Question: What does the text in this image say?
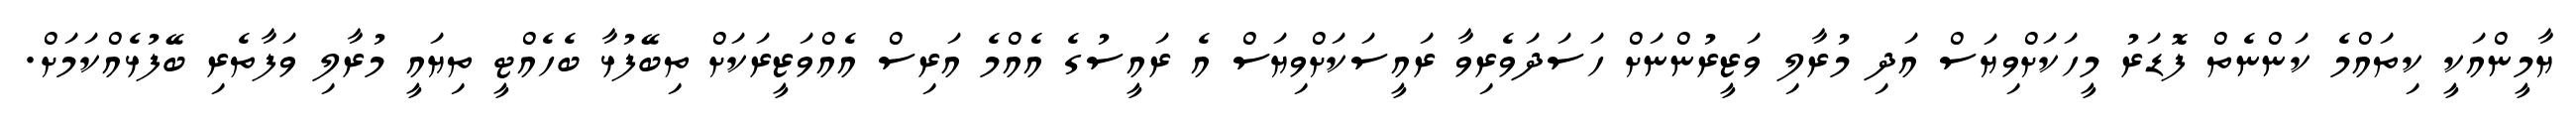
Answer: ޔާމީންއަކީ ކިތައްމެ ކަންނެތް ފޮޑަރު މީހަކަށްވިޔަސް އަދި މުރާލި ވަޒީރުންނަށް ހަސަދަވެރިވާ ރައީސަކަށްވިޔަސް އެ ރައީސުގެ އެއްމެ އަރިސް އެއްވަޒީރަކަށް ތިބޭފުޅާ ބެހެއްޓީ ތިޔައީ މުރާލި ވަފާތެރި ބޭފުޅެއްކަމަށް.